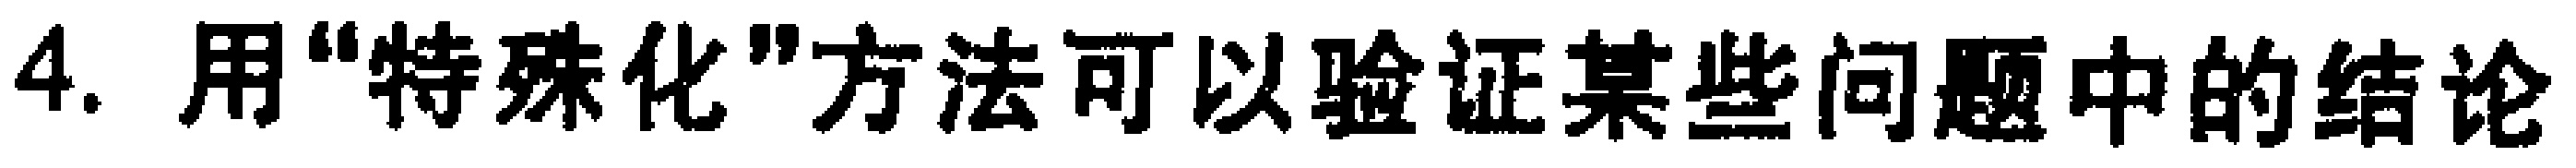
4. 用“特殊化”方法可以验证某些问题中的结论